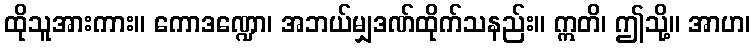
ထိုသူအားကား။ ကောဒဏ္ဍော၊ အဘယ်မျှဒဏ်ထိုက်သနည်း။ ဣတိ၊ ဤသို့။ အာဟ၊